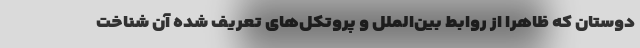
دوستان که ظاهراً از روابط بین‌الملل و پروتکل‌های تعریف شده آن شناخت